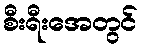
စီးရီးအေတွင်